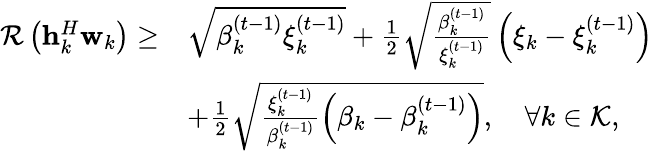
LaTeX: \begin{array}{rl}{\mathcal{R}\left({\mathbf{h}}_{k}^{H}\mathbf{w}_{k}\right)\geq}&{\sqrt{\beta_{k}^{(t-1)}\xi_{k}^{(t-1)}}+\frac{1}{2}\sqrt{\frac{\beta_{k}^{(t-1)}}{\xi_{k}^{(t-1)}}}\left(\xi_{k}-\xi_{k}^{(t-1)}\right)}\\ &{+\frac{1}{2}\sqrt{\frac{\xi_{k}^{(t-1)}}{\beta_{k}^{(t-1)}}\left(\beta_{k}-\beta_{k}^{(t-1)}\right)},\quad\forall k\in\mathcal{K},}\end{array}